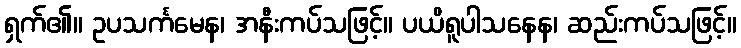
ရှက်၏။ ဥပသင်္ကမေန၊ အနီးကပ်သဖြင့်။ ပယိရူပါသနေန၊ ဆည်းကပ်သဖြင့်။